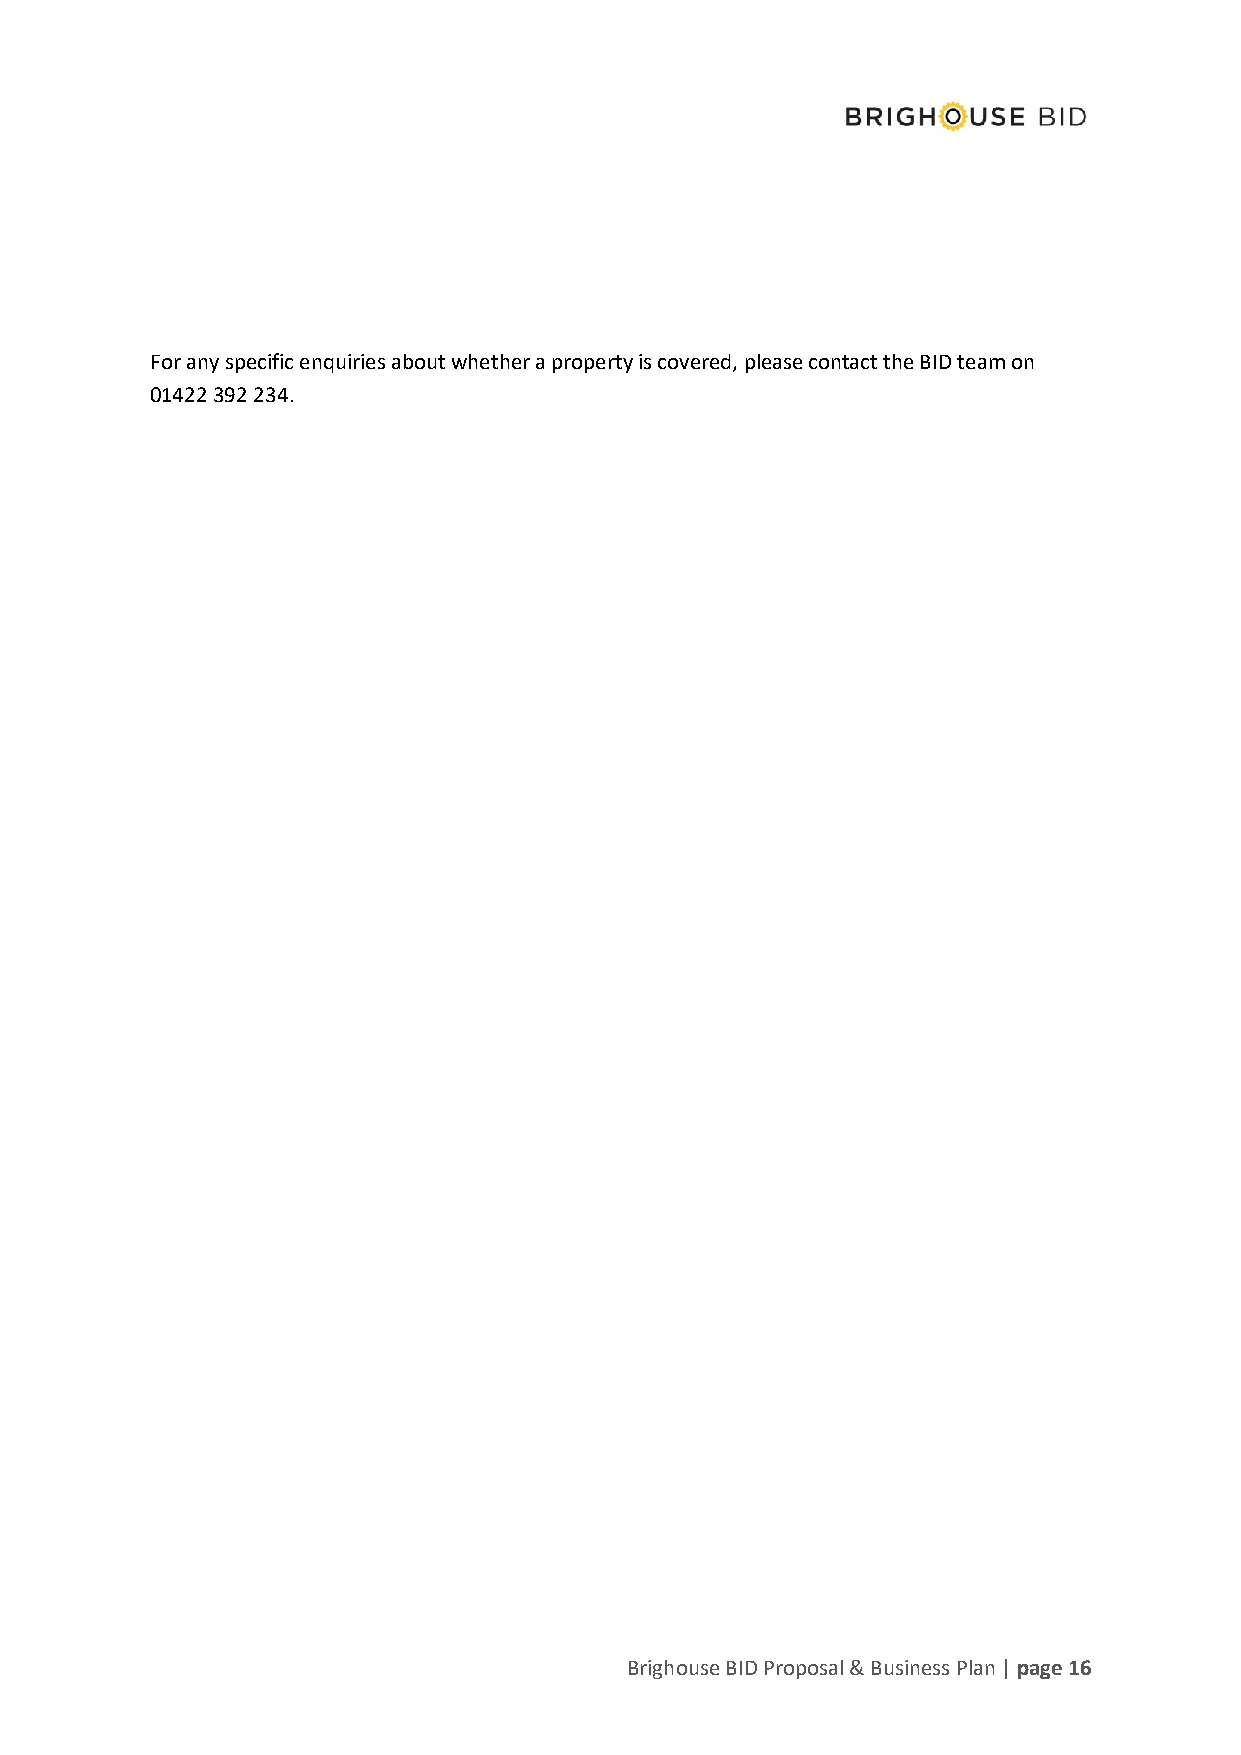
For any specific enquiries about whether a property is covered, please contact the BID team on
 01422 392 234.
 Brighouse BID Proposal & Business Plan | page 16